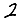
Digit: 2